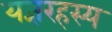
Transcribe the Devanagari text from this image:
यज्ञरहस्य